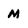
Character: m